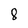
Character: 8